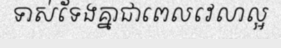
ទាស់ទែងគ្នាជាពេលវេលាល្អ